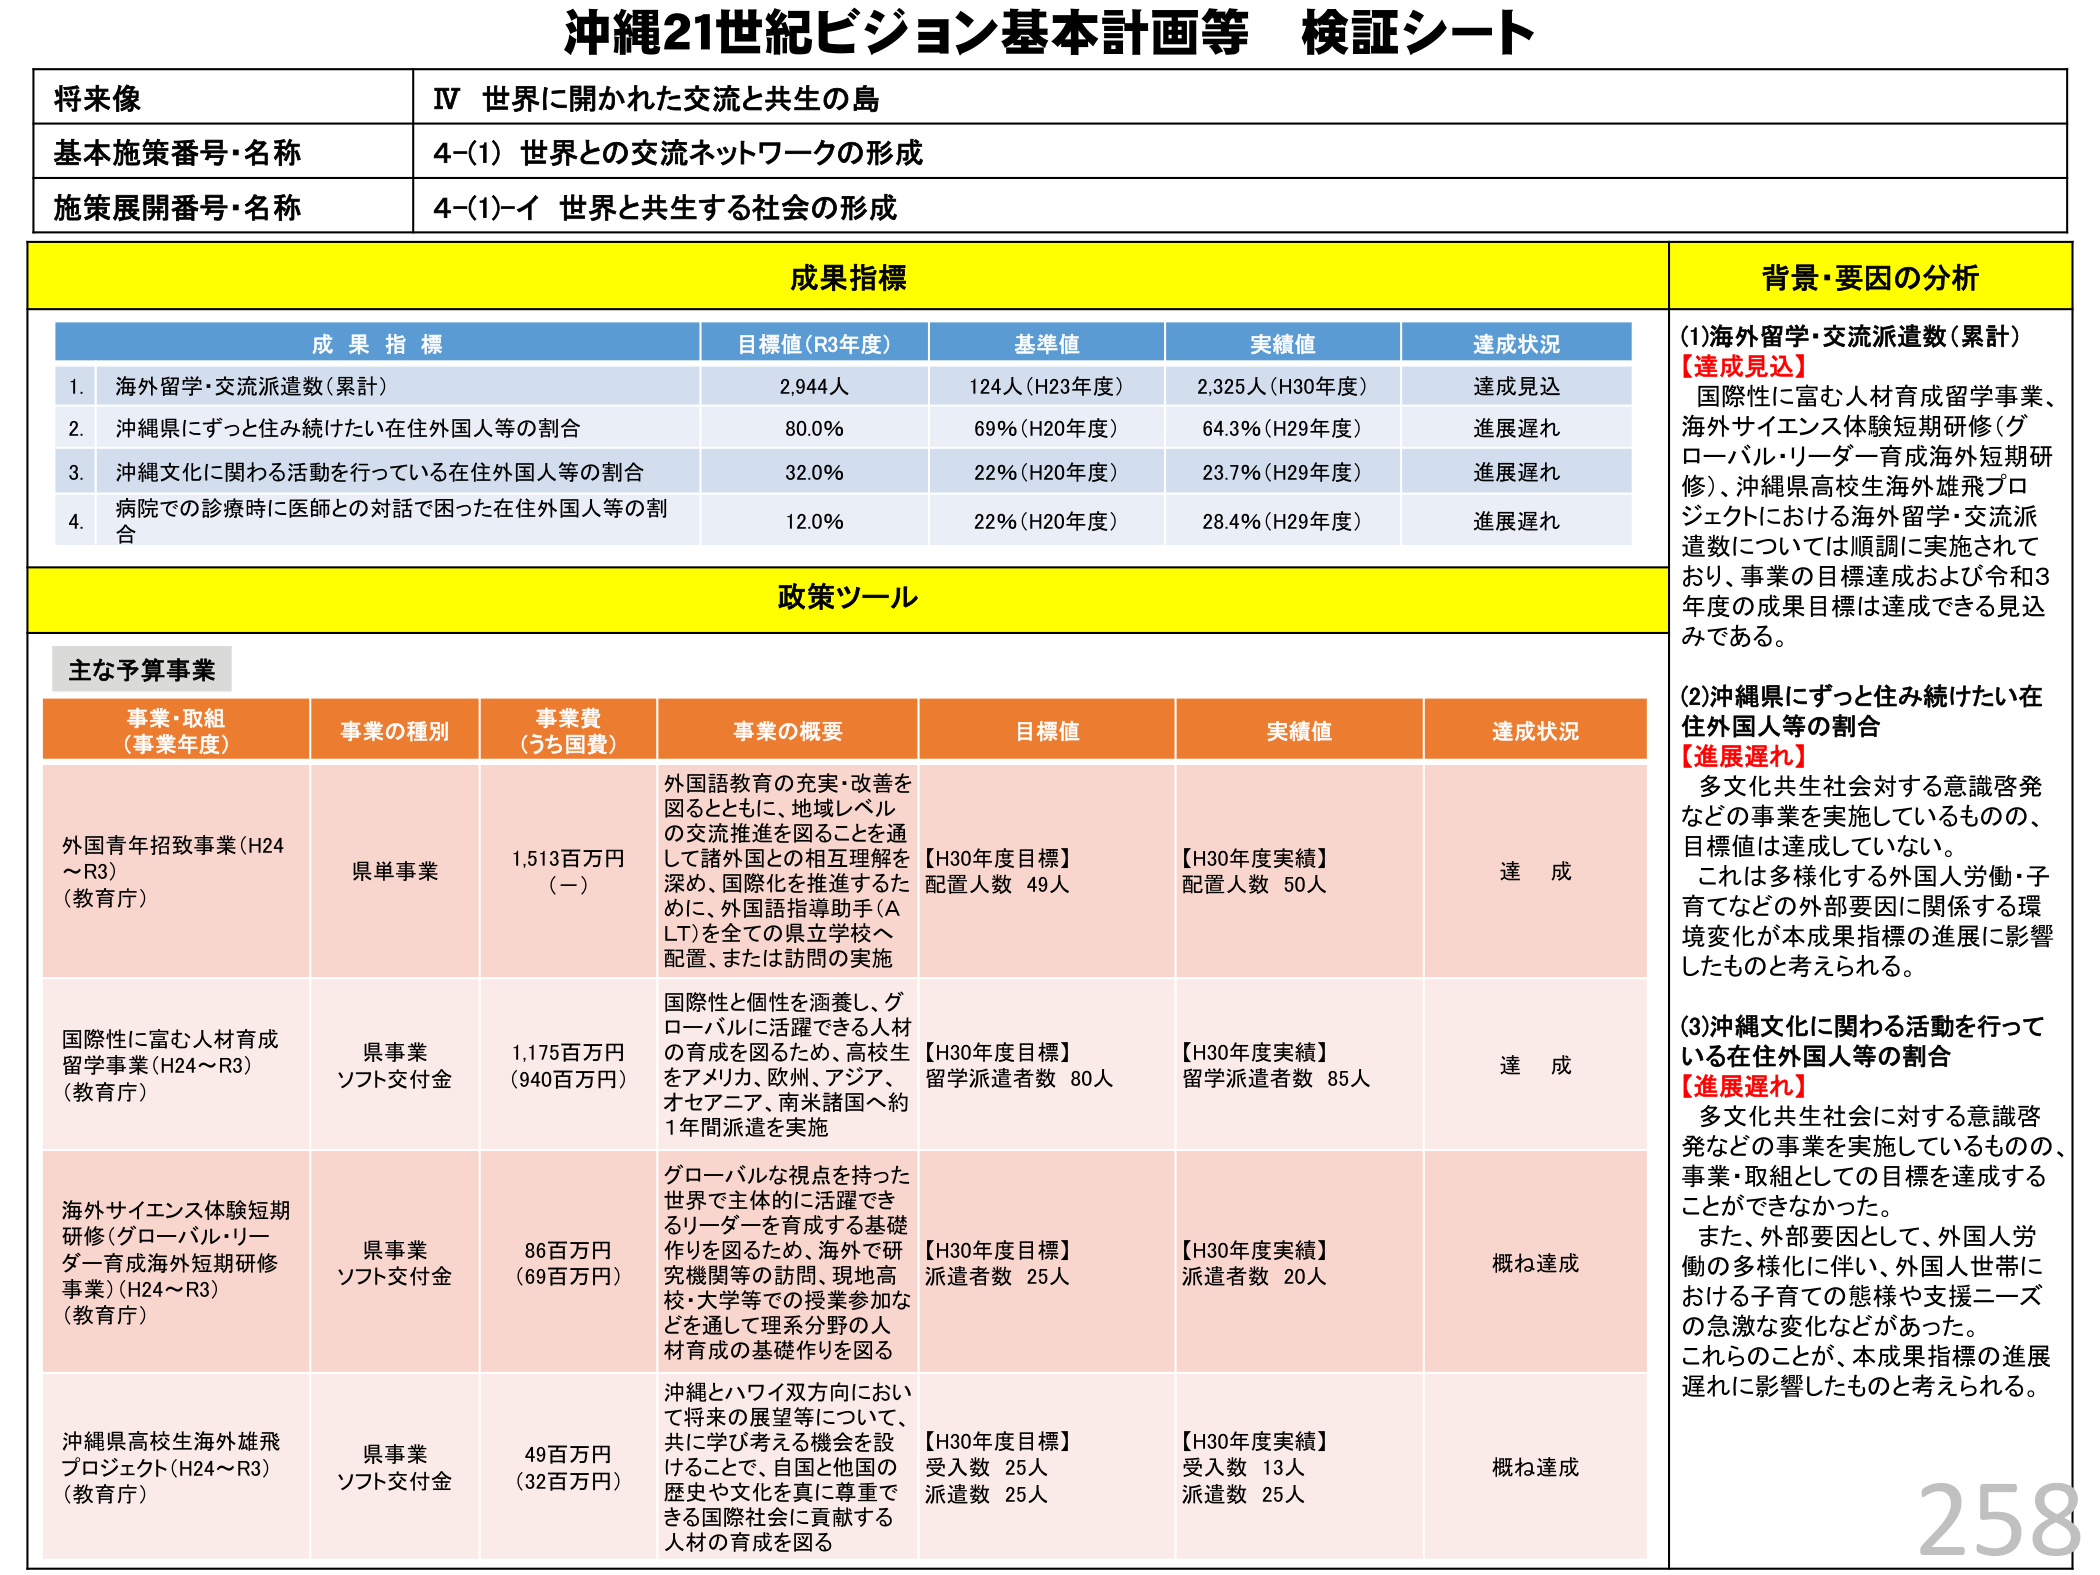
沖縄21世紀ビジョン基本計画等 検証シート

将来像
IV 世界に開かれた交流と共生の島

基本施策番号・名称
4-(1) 世界との交流ネットワークの形成

施策展開番号・名称
4-(1)-イ 世界と共生する社会の形成

成果指標

成果指標
目標値（R3年度）
基準値
実績値
達成状況

1. 海外留学・交流派遣数（累計）
2,944人
124人（H23年度）
2,325人（H30年度）
達成見込

2. 沖縄県にずっと住み続けたい在住外国人等の割合
80.0%
69%（H20年度）
64.3%（H29年度）
進展遅れ

3. 沖縄文化に関わる活動を行っている在住外国人等の割合
32.0%
22%（H20年度）
23.7%（H29年度）
進展遅れ

4. 病院での診療時に医師との対話で困った在住外国人等の割合
12.0%
22%（H20年度）
28.4%（H29年度）
進展遅れ

背景・要因の分析

(1)海外留学・交流派遣数（累計）
【達成見込】
国際性に富む人材育成留学事業、
海外サイエンス体験短期研修（グローバル・リーダー育成海外短期研修）、沖縄県高校生海外雄飛プロジェクトにおける海外留学・交流派遣数については順調に実施されており、事業の目標達成および令和3年度の成果目標は達成できる見込みである。

(2)沖縄県にずっと住み続けたい在住外国人等の割合
【進展遅れ】
多文化共生社会に対する意識啓発などの事業を実施しているものの、目標値は達成していない。
これは多様化する外国人労働・子育てなどの外部要因に関係する環境変化が本成果指標の進展に影響したものと考えられる。

(3)沖縄文化に関わる活動を行っている在住外国人等の割合
【進展遅れ】
多文化共生社会に対する意識啓発などの事業を実施しているものの、事業・取組としての目標を達成することができなかった。
また、外部要因として、外国人労働の多様化に伴い、外国人世帯における子育ての態様や支援ニーズの急激な変化などがあった。
これらのこと、本成果指標の進展遅れに影響したものと考えられる。

政策ツール

主な予算事業

事業・取組（事業年度）
事業の種別
事業費（うち国費）
事業の概要
目標値
実績値
達成状況

外国青年招致事業（H24～R3）（教育庁）
県単事業
1,513百万円（－）
外国語教育の充実・改善を図るとともに、地域レベルの交流推進を図ることを通じて諸外国との相互理解を深め、国際化を推進するために、外国語指導助手（ALT）を全ての県立学校へ配置、または訪問の実施
【H30年度目標】配置人数 49人
【H30年度実績】配置人数 50人
達成

国際性に富む人材育成留学事業（H24～R3）（教育庁）
県事業 ソフト交付金
1,175百万円（940百万円）
国際性と個性を涵養し、グローバルに活躍できる人材の育成を図るため、高校生をアメリカ、欧州、アジア、オセアニア、南米諸国へ約1年間派遣を実施
【H30年度目標】留学派遣者数 80人
【H30年度実績】留学派遣者数 85人
達成

海外サイエンス体験短期研修（グローバル・リーダー育成海外短期研修事業）（H24～R3）（教育庁）
県事業 ソフト交付金
86百万円（69百万円）
グローバルな視点を持った世界で主体的に活躍できるリーダーを育成する基礎作りを図るため、海外で研究機関等の訪問、現地高校・大学等での授業参加などを通じて理系分野の人材育成の基礎作りを図る
【H30年度目標】派遣者数 25人
【H30年度実績】派遣者数 20人
概ね達成

沖縄県高校生海外雄飛プロジェクト（H24～R3）（教育庁）
県事業 ソフト交付金
49百万円（32百万円）
沖縄とハワイ双方向において将来の展望等について、共に学び考える機会を設けることで、自国と他国の歴史や文化を真に尊重できる国際社会に貢献する人材の育成を図る
【H30年度目標】受入数 25人 派遣数 25人
【H30年度実績】受入数 13人 派遣数 25人
概ね達成

258